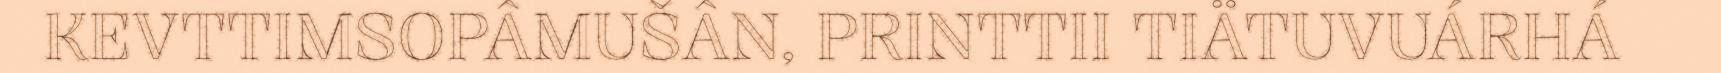
KEVTTIMSOPÂMUŠÂN, PRINTTII TIÄTUVUÁRHÁ